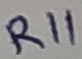
Text: R11